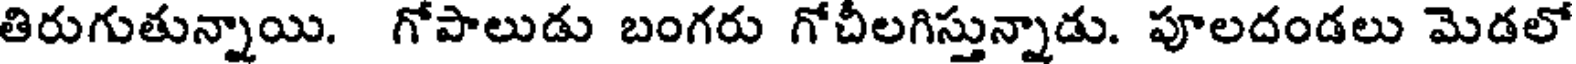
తిరుగుతున్నాయి. గోపాలుడు బంగరు గోచీలగిస్తున్నాడు. పూలదండలు మెడలో